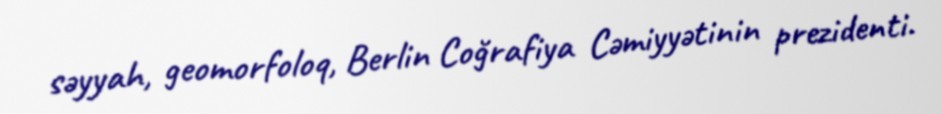
səyyah, geomorfoloq, Berlin Coğrafiya Cəmiyyətinin prezidenti.